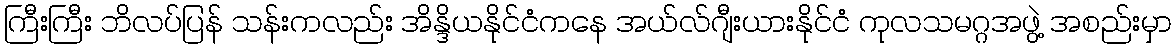
ကြီးကြီး ဘိလပ်ပြန် သန်းကလည်း အိန္ဒိယနိုင်ငံကနေ အယ်လ်ဂျီးယားနိုင်ငံ ကုလသမဂ္ဂအဖွဲ့ အစည်းမှာ